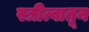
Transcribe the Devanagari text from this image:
स्त्रीत्वातून